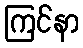
ကြင်နာ